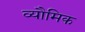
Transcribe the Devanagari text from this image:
व्यौमिक